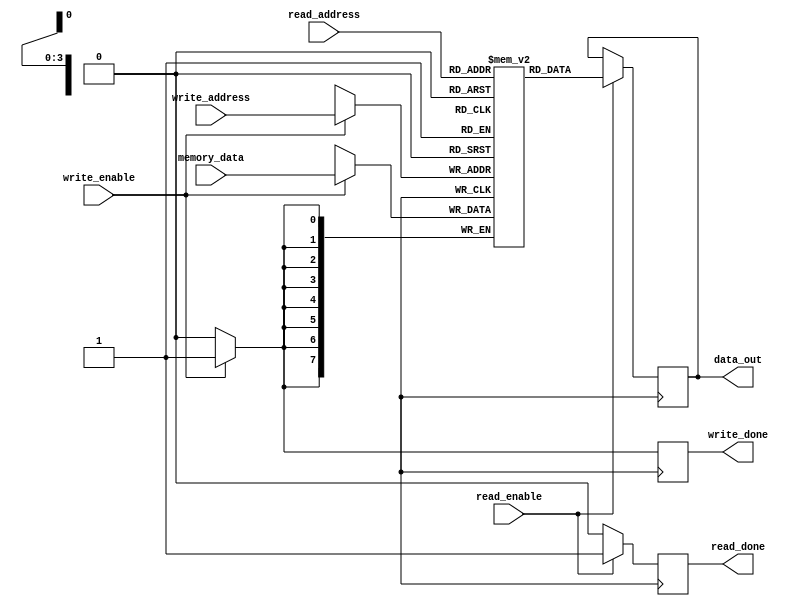
module HBM (
    input wire [7:0] memory_data,
    input wire [3:0] read_address,
    input wire [3:0] write_address,
    input wire read_enable,
    input wire write_enable,
    output reg [7:0] data_out,
    output reg read_done,
    output reg write_done
);

reg [7:0] memory [15:0]; // 16 memory banks with 8-bit data

always @ (posedge clk) begin
    if (read_enable) begin
        data_out <= memory[read_address];
        read_done <= 1;
    end else begin
        read_done <= 0;
    end
    if (write_enable) begin
        memory[write_address] <= memory_data;
        write_done <= 1;
    end else begin
        write_done <= 0;
    end
end

endmodule